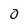
Character: o